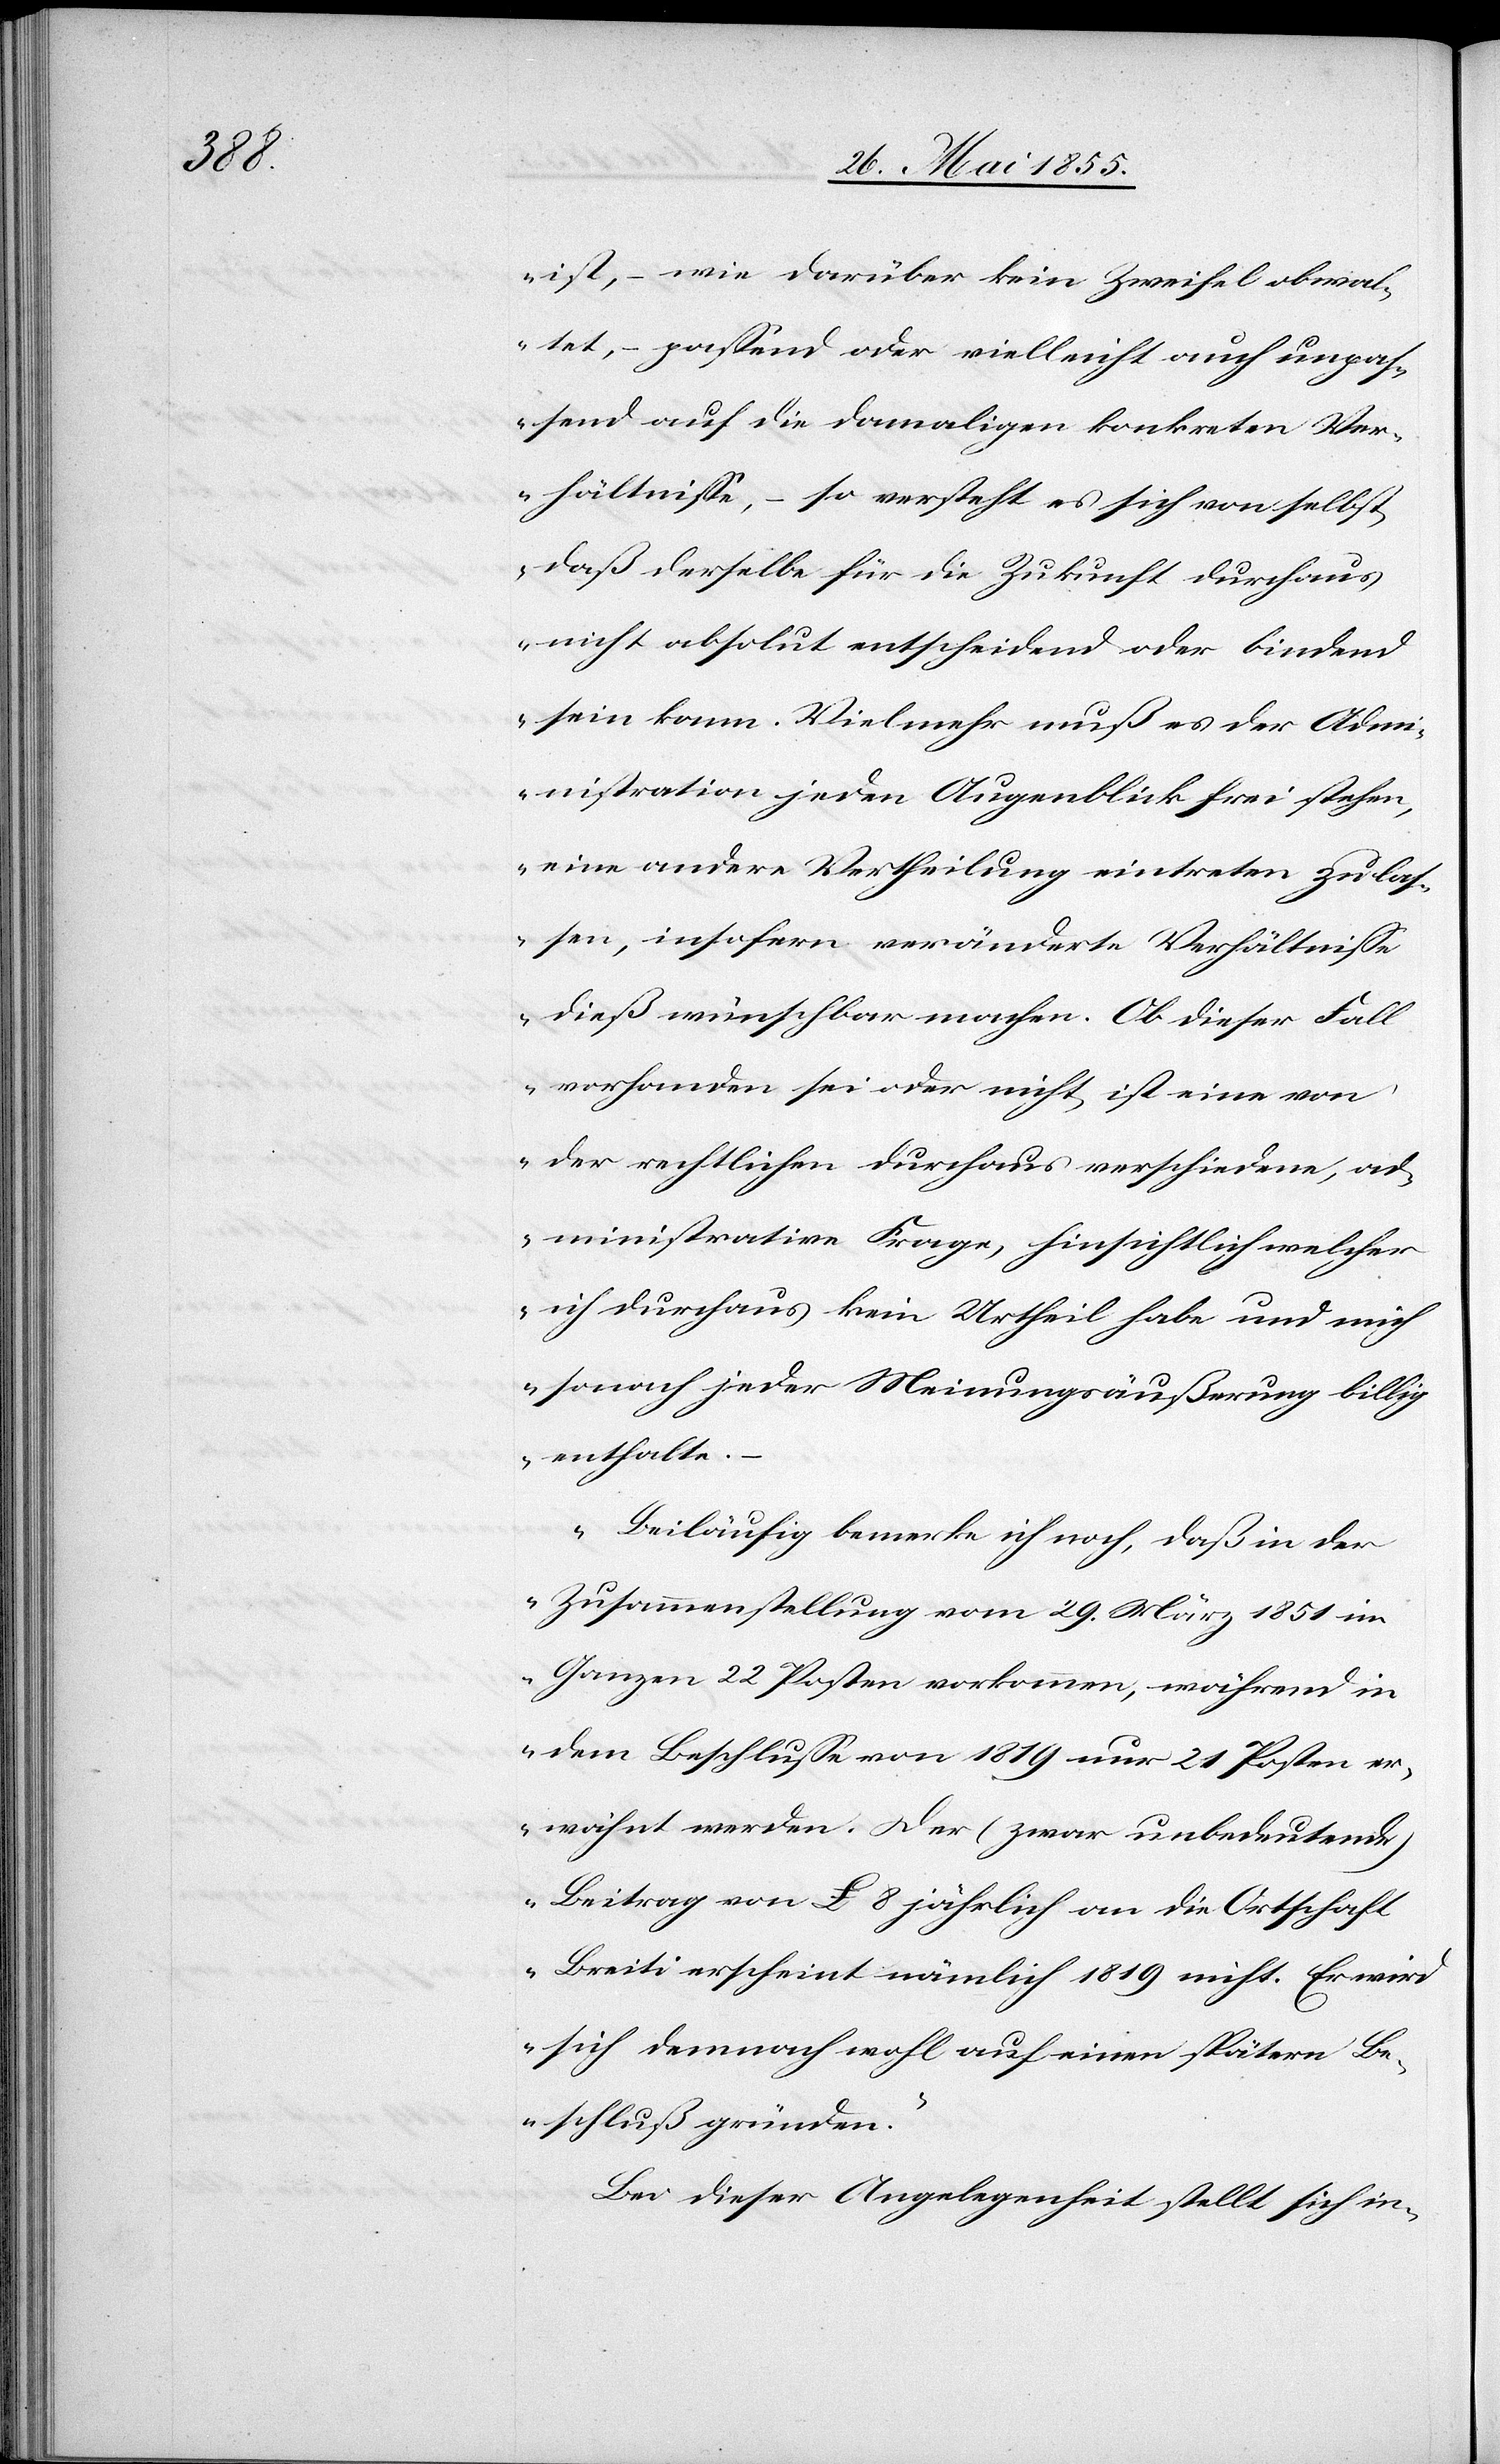
ist, – wie darüber kein Zweifel obwal¬
tet, – passend oder vielleicht auch unpas¬
send auf die damaligen konkreten Ver¬
hältnisse, – so versteht es sich von selbst,
daß derselbe für die Zukunft durchaus
nicht absolut entscheidend oder bindend
sein kann. Vielmehr muß es der Adm¬
inistration jeden Augenblick frei stehen,
eine andere Vertheilung eintreten zu las¬
sen, insofern veränderte Verhältnisse
dieß wünschbar machen. Ob dieser Fall
vorhanden sei oder nicht, ist eine von
der rechtlichen durchaus verschiedene, ad¬
ministrative Frage, hinsichtlich welcher
ich durchaus kein Urtheil habe und mich
sonach jeder Meinungsäußerung billig
enthalte.
Beiläufig bemerke ich noch, daß in der
Zusammenstellung vom 29. März 1851 im
Ganzen 22 Posten vorkommen, während in
dem Beschlusse von 1819 nur 21 Posten er¬
wähnt werden. Der (zwar unbedeutende)
Beitrag von L. 8 jährlich an die Ortschaft
Breiti erscheint nämlich 1819 nicht. Er wird
sich demnach wohl auf einen spätern Be¬
schluß gründen.“
Bei dieser Angelegenheit stellt sich in-